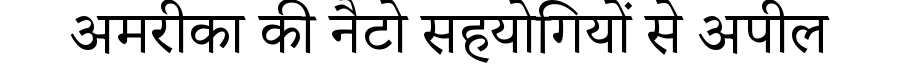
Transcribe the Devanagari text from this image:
अमरीका की नैटो सहयोगियों से अपील